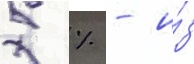
5 % - и́з